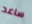
ساعد